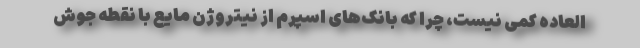
العاده کمی نیست، چرا که بانک‌های اسپرم از نیتروژن مایع با نقطه جوش